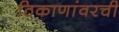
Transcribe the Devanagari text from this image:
ठिकाणांवरची